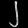
Digit: ၂